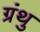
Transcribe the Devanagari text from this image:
ग्रंथु